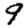
Digit: 9